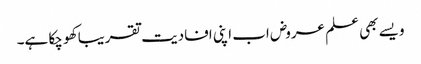
ویسے بھی علم عروض اب اپنی افادیت تقریبا کھو چکا ہے۔